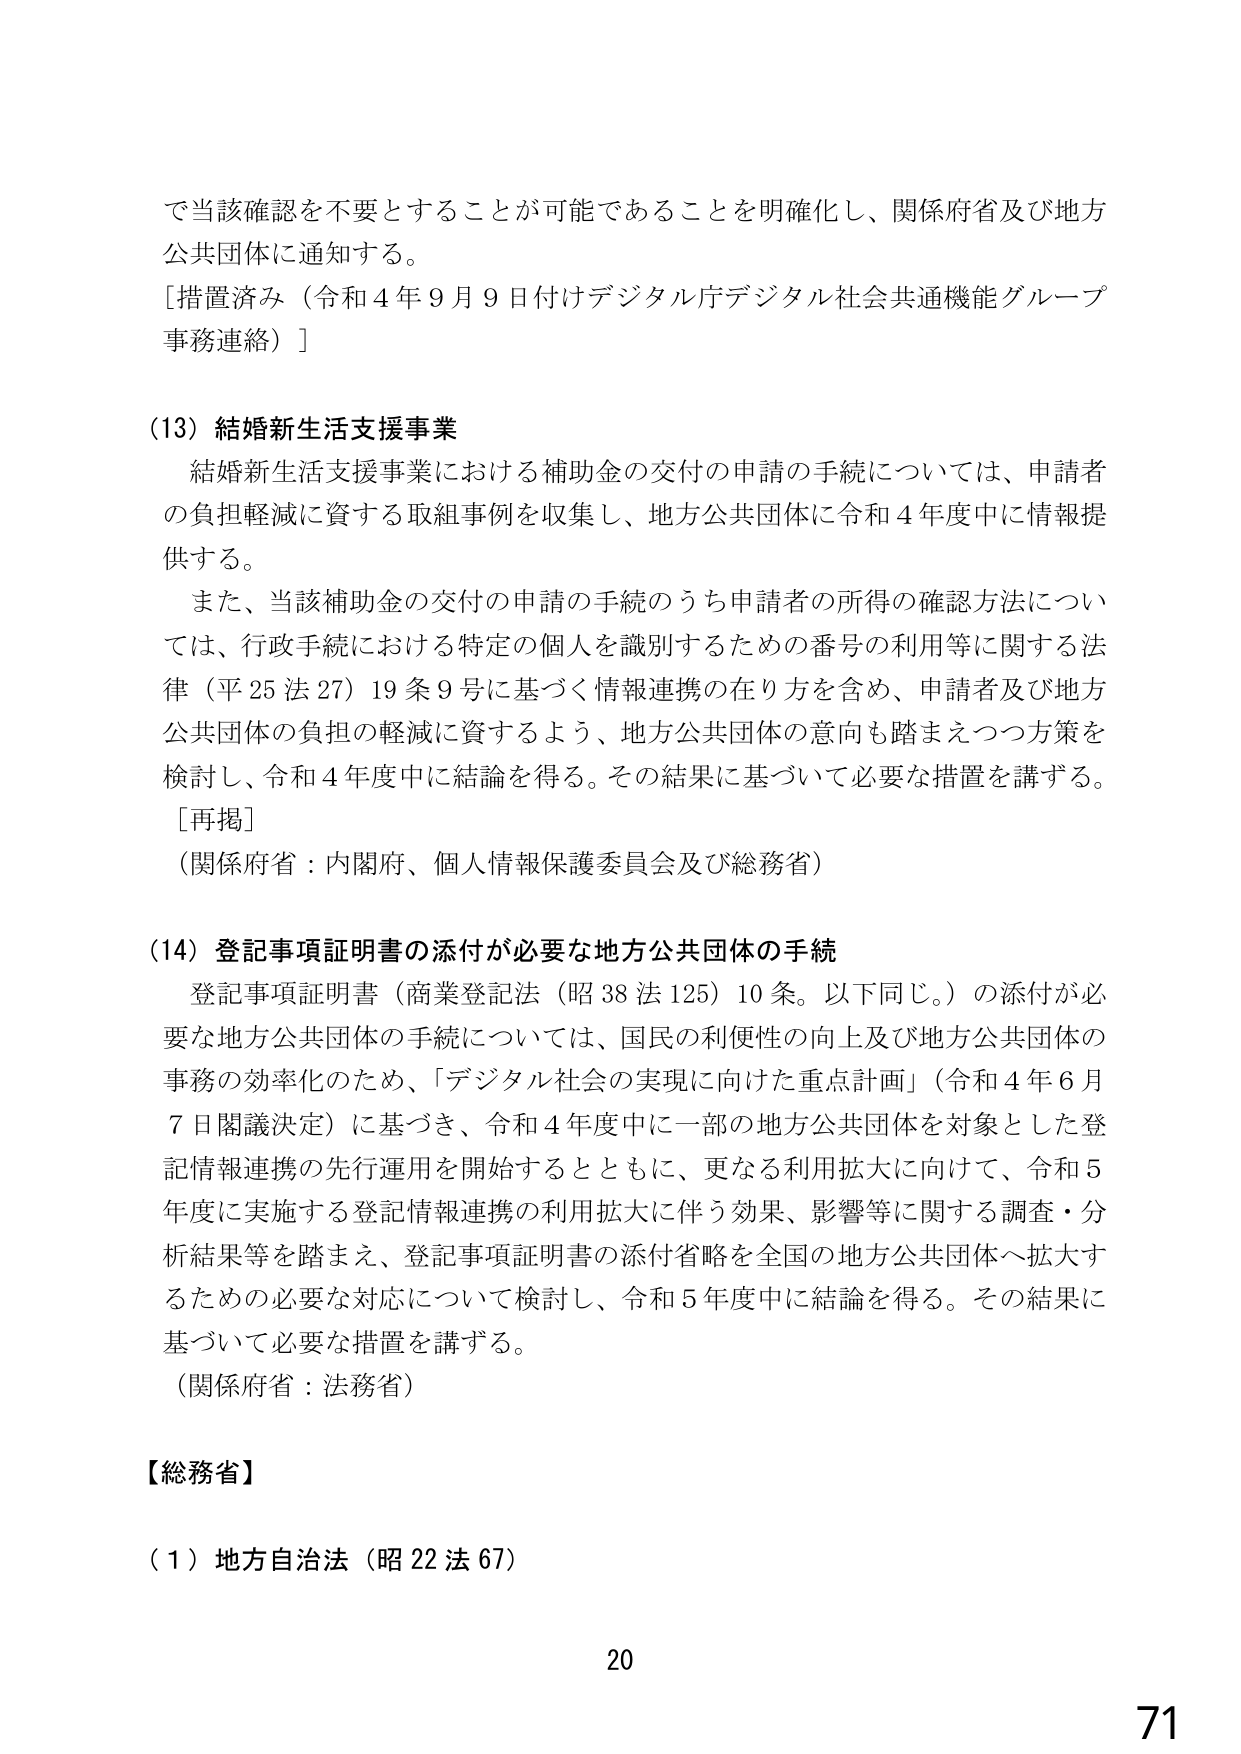
で当該確認を不要とすることが可能であることを明確化し、関係府省及び地方公共団体に通知する。
[措置済み（令和４年９月９日付けデジタル庁デジタル社会共通機能グループ事務連絡）]

(13) 結婚新生活支援事業
　結婚新生活支援事業における補助金の交付の申請の手続については、申請者の負担軽減に資する取組事例を収集し、地方公共団体に令和４年度中に情報提供する。
　また、当該補助金の交付の申請の手続のうち申請者の所得の確認方法については、行政手続における特定の個人を識別するための番号の利用等に関する法律（平25法27）19条9号に基づく情報連携の在り方を含め、申請者及び地方公共団体の負担の軽減に資するよう、地方公共団体の意向も踏まえつつ方策を検討し、令和４年度中に結論を得る。その結果に基づいて必要な措置を講ずる。
[再掲]
（関係府省：内閣府、個人情報保護委員会及び総務省）

(14) 登記事項証明書の添付が必要な地方公共団体の手続
　登記事項証明書（商業登記法（昭38法125）10条。以下同じ。）の添付が必要な地方公共団体の手続については、国民の利便性の向上及び地方公共団体の事務の効率化のため、「デジタル社会の実現に向けた重点計画」（令和４年６月７日閣議決定）に基づき、令和４年度中に一部の地方公共団体を対象とした登記情報連携の先行運用を開始するとともに、更なる利用拡大に向けて、令和５年度に実施する登記情報連携の利用拡大に伴う効果、影響等に関する調査・分析結果等を踏まえ、登記事項証明書の添付省略を全国の地方公共団体へ拡大するための必要な対応について検討し、令和５年度中に結論を得る。その結果に基づいて必要な措置を講ずる。
（関係府省：法務省）

【総務省】
(1) 地方自治法（昭22法67）

20
71